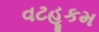
વટહૂકમ